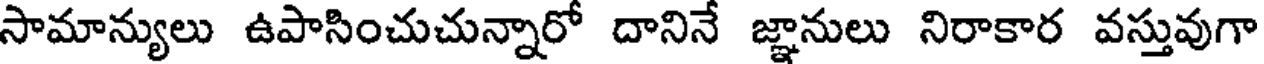
సామాన్యులు ఉపాసించుచున్నారో దానినే జ్ఞానులు నిరాకార వస్తువుగా